Insane asylums in Bengal annual reports 1876-1887 - 1876-1887
Year: 1876
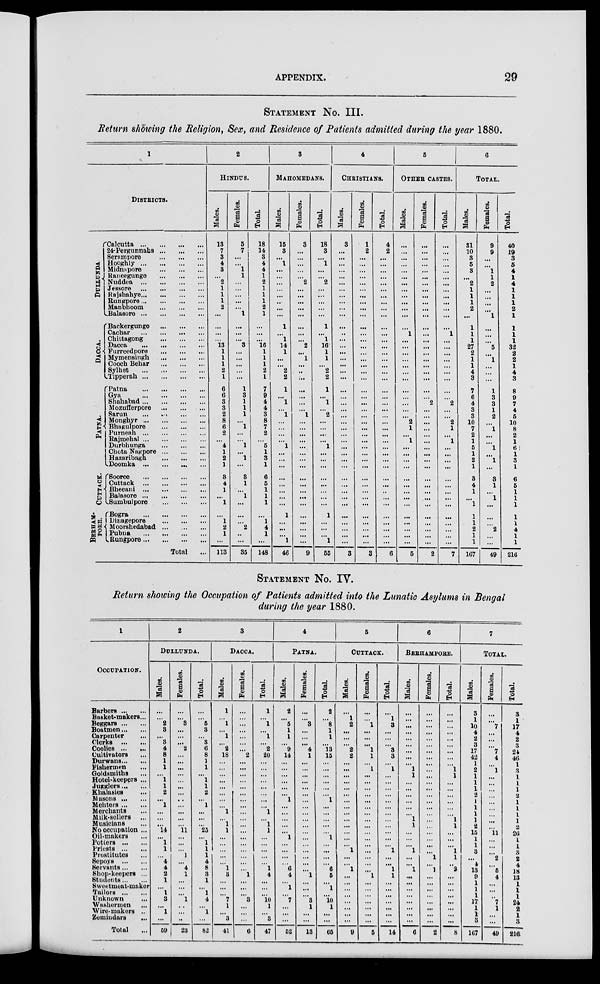
APPENDIX.
29
STATEMENT No. III.
Return showing the Religion, Sex, and Residence of Patients admitted during the year 1880.
1
DISTRICTS.
DULLUNDA
DACCA.
PATNA.
CUTTACK.
BERHAM¬
PORE.
Calcutta...
...
...
...
24-Pergunnahs...
...
...
Serampore ... ... ... ...
Hooghly
...
...
...
...
Midnapore ... ... ... ...
Raneegunge ... ... ... ...
Nuddea
...
...
...
...
Jessore
...
...
...
...
Rajshahye ... ... ... ...
Rungpore ... ... ... ...
Manbhoom ... ... ... ...
Balasore
...
...
...
...
Backergunge ... ... ...
Cachar
...
...
...
...
Chittagong ... ... ... ...
Dacca
...
...
...
...
Furreedpore ... ... ... ...
Mymensingh ... ... ...
Cooch Behar ... ... ... ...
Sylhet
...
...
...
...
Tipperah
...
...
...
...
Patna
...
...
...
...
Gya ... ... ... ...
Shahabad ... ... ... ...
Mozufferpore ... ... ... ...
Sarun
...
...
...
...
Monghyr
...
...
...
...
Bhagulpore ... ... ... ...
Purneah
...
...
...
...
Rajmehal
...
...
...
...
Durbhunga ... ... ... ...
Chota Nagpore ... ... ...
Hazaribagh ... ... ... ...
Doomka
...
...
...
...
Sooree
...
...
...
...
Cuttack
...
...
...
...
Bheeani
...
...
...
...
Balasore
...
...
...
...
Sumbulpore ... ... ... ...
Bogra
...
...
...
...
Dinagepore ... ... ... ...
Moorshedabad ... ... ...
Pubna
...
...
...
...
Rungpore ... ... ... ...
Total ...
2
HINDUS.
Males.
13
7
3
4
3
...
2
1
1
1
2
...
...
...
...
13
1
1
1
2
1
6
6
3
3
2
8
6
2
...
4
1
2
1
3
4
1
...
1
...
1
2
1
...
113
Females.
5
7
...
...
1
1
...
...
...
...
...
1
...
...
...
3
...
...
...
...
...
1
3
1
1
1
...
1
...
...
1
...
1
...
3
1
...
1
...
...
...
2
..
...
35
Total.
18
14
3
4
4
1
2
1
1
1
2
1
...
...
...
16
1
1
1
2
1
7
9
4
4 3
8
7
2
...
5
1
3
1
6
5
1
1
1
...
1
4
1
...
148
3
MAHOMEDANS.
Males.
15
3
...
1
...
...
...
...
...
...
...
...
1
...
1
14
1
...
...
2
2
1
...
1
...
1
...
...
...
...
1
...
...
...
...
...
...
...
...
1
...
...
...
1
46
Females.
3
...
...
...
...
...
2
...
...
...
...
...
...
...
...
2
...
1
...
..
...
...
...
...
...
1
...
...
...
...
...
...
...
...
...
...
...
...
...
...
...
...
...
...
9
Total.
18
3
...
1
...
...
2
...
...
...
...
...
1
...
1
16
1
1
...
2
2
1
...
1
...
2
...
...
...
...
1
...
...
...
...
...
...
...
...
1
...
...
...
1
55
4
CHRISTIANS.
Males.
3
...
...
...
...
...
...
...
...
...
...
...
...
..
...
...
...
...
...
...
...
...
...
...
...
...
...
...
...
...
...
...
...
...
...
...
...
...
...
...
...
...
...
...
3
Females.
1
2
...
...
...
...
...
...
...
...
...
...
...
...
...
...
...
...
...
...
...
...
...
...
...
...
...
...
...
...
...
...
...
...
...
...
...
...
...
...
...
...
...
...
3
Total.
4
2
...
...
...
...
...
...
...
...
...
...
...
...
...
...
...
...
...
...
...
...
...
...
...
...
...
...
...
...
...
...
...
...
...
...
..
...
...
...
...
...
...
... 6
5
OTHER CASTES.
Males.
...
...
...
...
...
...
...
...
...
...
...
...
...
1
...
...
...
...
...
...
...
...
...
...
...
...
2
1
...
1
...
...
...
...
...
...
...
...
...
...
...
...
...
...
5
Females.
...
...
...
...
...
...
...
...
...
...
...
...
...
...
...
...
...
...
...
...
...
...
...
2
...
...
...
...
...
...
...
...
...
...
...
...
...
...
...
...
...
...
...
...
2
Total.
...
...
...
...
...
...
...
...
...
...
...
...
...
1
...
...
...
...
...
...
...
...
...
2
...
...
2
1
...
1
...
...
...
...
...
...
...
...
...
...
...
...
...
...
7
6
TOTAL.
Males.
31
10
3
5
3
...
2
1
1
1
2
...
1
1
1
27
2
1
1
4
3
7
6
4
3
3
10
7
2
1
5
1
2
1
3
4
1
...
1
1
1
2
1
1
167
Females.
9
9
...
...
1
1
2
...
...
...
...
1
...
...
...
5
...
1
...
...
...
1
3
3
1
2
...
1
...
...
1
...
1
...
3
1
...
1
...
...
...
2
...
...
49
Total.
40
19
3
5
4
1
4
1
1
1
2
1
1
1
1
32
2
2
1
4
3
8
9
7
4
5
10
8
2
1
6
1
3
1
6
5
1
1
1
1
1
4
1
1
216
STATEMENT No. IV.
Return showing the Occupation of Patients admitted into the Lunatic Asylums in Bengal
during the year 1880.
1
OCCUPATION.
Barbers ... ...
Basket-makers ...
Beggars ... ...
Boatmen ... ...
Carpenter ... ...
Clerks
...
...
Coolies ...
...
Cultivators ...
Durwans ... ...
Fishermen ...
Goldsmiths ...
Hotel-keepers ...
Jugglers... ...
Khalasies ...
Masons ... ...
Menters ... ...
Merchants ...
Milk-sellers ...
Musicians ...
No occupation ...
Oil-makers ...
Potters ... ...
Priests ... ...
Prostitutes ...
Sepoys ... ...
Servants...
...
Shop-keepers ...
Students ... ...
Sweetmeat-maker
Tailors ... ...
Unknown ...
Washermen ...
Wire-makers ...
Zemindars
...
Total ...
2
DULLUNDA.
Males.
...
...
2
3
...
3
4
8
1
1
...
1
1
2
...
1
...
...
...
14
...
1
1
...
4
4
2
1
...
1
3
...
1
...
59
Females.
...
...
3
...
...
...
2
...
...
...
...
...
...
...
...
...
...
...
...
11
...
...
...
1
...
4
1
...
...
...
1
...
...
..
23
Total.
...
...
5
3
...
3
6
8
1
1
...
1
1
2
...
1
...
...
...
25
...
1
1
1
4
8
3
1
...
1
4
...
1
...
82
3
DACCA.
Males.
1
...
1
...
1
...
2
18
...
...
...
...
...
...
...
...
1
...
1
1
...
...
...
...
...
1
3
...
...
...
7
1
...
3
41
Females.
...
...
...
...
...
...
...
2
...
...
...
...
...
...
...
...
...
...
...
...
...
...
...
...
...
...
1
...
...
...
3
...
...
...
6
Total.
1
...
1
...
1
...
2
20
...
...
...
...
...
...
...
...
1
...
1
1
...
...
...
...
...
1
4
...
...
...
10
1
...
3
47
4
PATNA.
Males.
2
...
5
1
1
...
9
14
...
...
...
...
...
...
1
...
...
...
...
...
1
...
...
...
...
6
4
...
1
...
7
...
...
...
52
Females.
...
...
3
...
...
...
4
1
...
...
...
...
...
...
...
...
...
...
...
...
...
...
...
...
...
...
1
...
...
...
3
1
...
...
13
Total.
2
...
8
1
1
...
13
15
...
...
...
...
...
...
1
...
...
...
...
...
1
...
...
...
...
6
5
...
1
...
10
1
...
...
65
5
CUTTACK.
Males.
...
1
2
...
...
...
2
2
...
...
...
...
...
...
...
...
...
...
...
...
...
...
1
...
...
1
...
...
...
...
...
...
...
...
9
Females.
...
...
1
...
...
...
1
1
...
1
...
...
...
...
...
...
...
...
...
...
...
...
...
...
...
...
1
...
...
...
...
...
...
... 5
Total.
...
1
3
...
...
...
3
3
...
1
...
...
...
...
...
...
...
...
...
...
...
...
1
...
...
1
1
...
...
...
...
...
...
...
14
6
BERHAMPORE.
Males.
...
...
...
...
...
...
...
...
...
1
1
...
...
...
...
...
...
1
1
...
...
...
1
...
...
1
...
...
...
...
...
...
...
...
6
Females.
...
...
...
...
...
...
...
...
...
...
...
...
...
...
...
...
...
...
...
...
...
...
...
1
...
1
...
...
...
...
...
...
...
...
2
Total.
...
...
...
...
...
...
...
...
...
1
1
...
...
...
...
...
...
1
1
...
...
...
1
1
...
3
...
...
...
...
...
...
...
...
8
7
TOTAL.
Males.
3
1
10
4
2
3
17
42
1
2
1
1
1
2
1
1
1
1
2
15
1
1
3
...
4
13
9
1
1
1
17
1
1
3
167
Females.
...
...
7
...
...
...
7
4
...
1
...
...
...
...
...
...
...
...
...
11
...
...
...
2
...
5
4
...
...
..
7
1
...
...
49
Total.
3
1
17
4
2
3
24
46
1
3
1
1
1
2
1
1
1
1
2
26
1
1
3
2
4
18
13
1
1
1
24
2
1
3
216